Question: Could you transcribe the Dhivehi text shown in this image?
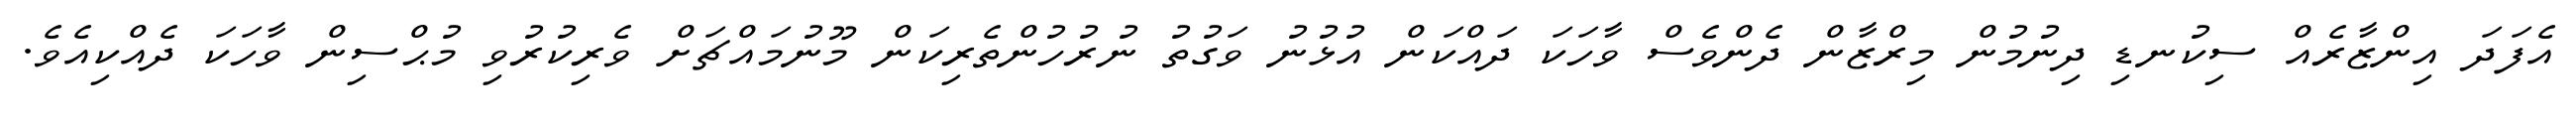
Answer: އެފަދަ އިންޒާރެއް ސިކުނޑި ދިނުމުން މިރްޒާން ދެންވެސް ވާހަކަ ދައްކަން އުޅުނު ވަގުތު ނުރުހުންތެރިކަން މޫނުމައްޗަށް ވެރިކުރުވި މުޙްސިން ވާހަކަ ދެއްކިއެވެ.